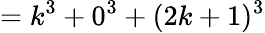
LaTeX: =k^{3}+0^{3}+(2k+1)^{3}